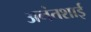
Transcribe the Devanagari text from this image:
अनंतशाई